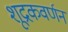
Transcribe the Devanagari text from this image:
शूद्रकवर्णन